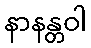
နာနန္တဝါ